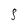
Character: 3